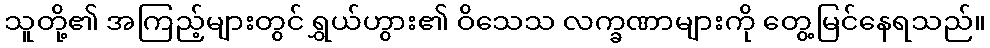
သူတို့၏ အကြည့်များတွင် ရွှယ်ဟွား၏ ဝိသေသ လက္ခဏာများကို တွေ့မြင်နေရသည်။